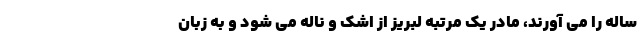
ساله را می آورند، مادر یک مرتبه لبریز از اشک و ناله می شود و به زبان